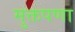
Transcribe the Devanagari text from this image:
मुक्तपणा